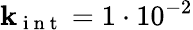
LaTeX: \mathbf{k}_{\mathrm{{~i~n~t~}}}=1\cdot10^{-2}